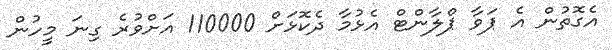
އެގޮތުން އެ ޕަވާ ޕްލާންޓް އެޅުމާ ދެކޮޅަށް 110000 އަށްވުރެ ގިނަ މީހުން